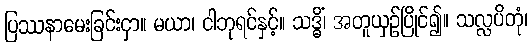
ပြဿနာမေးခြင်းငှာ။ မယာ၊ ငါဘုရင်နှင့်။ သဒ္ဓိံ၊ အတူယှဉ်ပြိုင်၍။ သလ္လပိတုံ၊